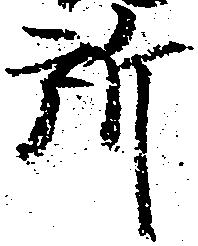
所